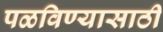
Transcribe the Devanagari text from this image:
पळविण्यासाठी